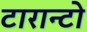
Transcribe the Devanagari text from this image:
टारान्टो